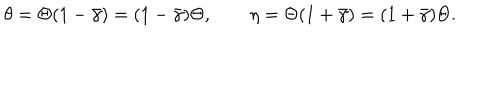
\theta = \Theta ( 1 - \bar { \gamma } ) = ( 1 - \bar { \gamma } ) \Theta , \qquad \eta = \Theta ( 1 + \bar { \gamma } ) = ( 1 + \bar { \gamma } ) \Theta .